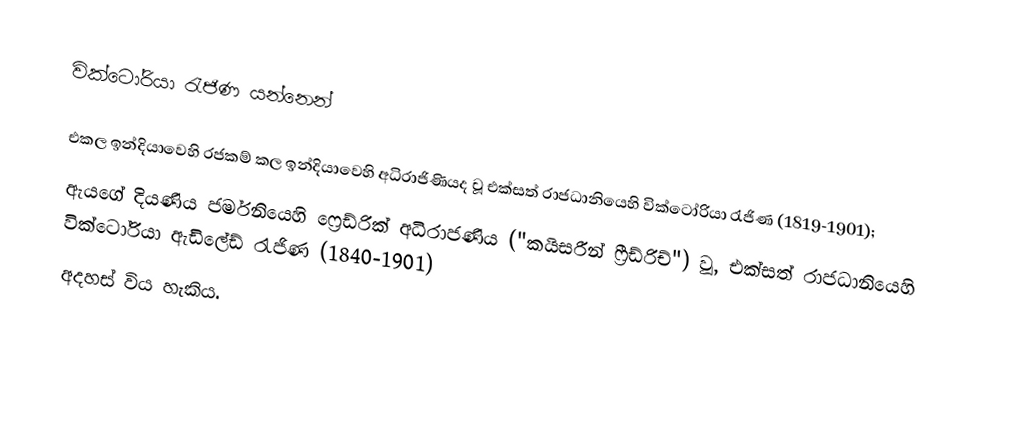
වික්ටෝරියා රැජිණ යන්නෙන්

එකල ඉන්දියාවෙහි රජකම් කල  ඉන්දියාවෙහි අධිරාජිණියද වූ එක්සත් රාජධානියෙහි වික්ටෝරියා රැජිණ (1819-1901);
ඇයගේ දියණිය ජර්මනියෙහි ෆ්‍රෙඩ්රික් අධිරාජණිය ("කයිසරීන් ෆ්‍රීඩ්රිච්") වූ, එක්සත් රාජධානියෙහි වික්ටෝරියා ඇඩිලේඩ් රැජිණ (1840-1901)
අදහස් විය හැකිය.